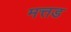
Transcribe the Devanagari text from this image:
मत्तड